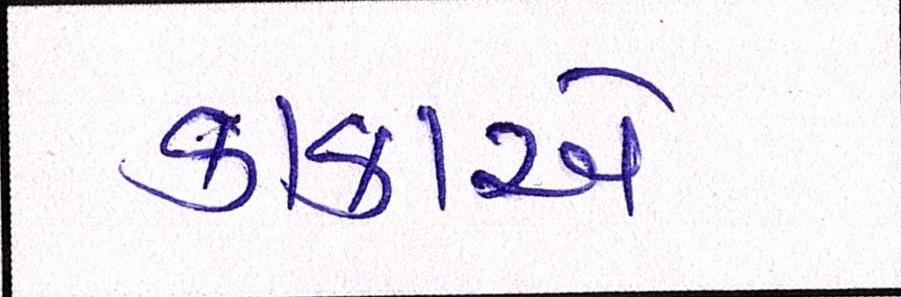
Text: કાકાએ